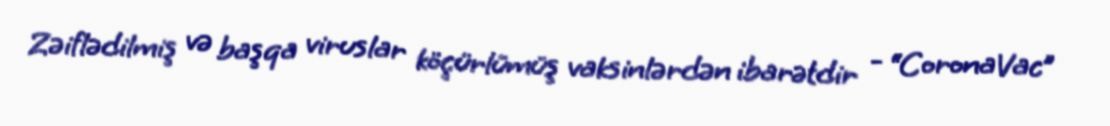
Zəiflədilmiş və başqa viruslar köçürlümüş vaksinlərdən ibarətdir - “CoronaVac”